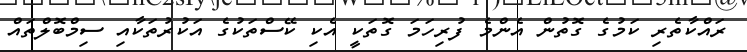
ރައްކާތެރި ކަމުގެ ގޮތުން އެންމެ ފުރިހަމަ ގޮތަކީ އެކި ކޭސްތަކުގެ އަކުރުތަކާއި ސިމްބޮލްތައް